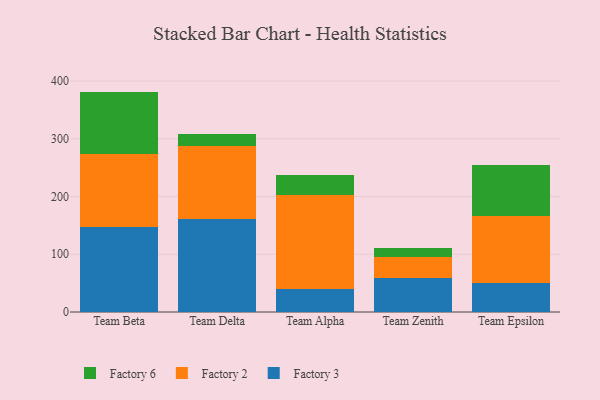
{"axis": {"x": "Team", "y": "Budget (USD K)"}, "legend": ["Factory 2", "Factory 3", "Factory 6"], "data": [{"x": "Team Beta", "y": 147.1, "type": "Factory 3"}, {"x": "Team Beta", "y": 127.0, "type": "Factory 2"}, {"x": "Team Beta", "y": 107.7, "type": "Factory 6"}, {"x": "Team Delta", "y": 160.3, "type": "Factory 3"}, {"x": "Team Delta", "y": 127.5, "type": "Factory 2"}, {"x": "Team Delta", "y": 19.9, "type": "Factory 6"}, {"x": "Team Alpha", "y": 40.4, "type": "Factory 3"}, {"x": "Team Alpha", "y": 162.7, "type": "Factory 2"}, {"x": "Team Alpha", "y": 34.8, "type": "Factory 6"}, {"x": "Team Zenith", "y": 58.6, "type": "Factory 3"}, {"x": "Team Zenith", "y": 36.1, "type": "Factory 2"}, {"x": "Team Zenith", "y": 16.6, "type": "Factory 6"}, {"x": "Team Epsilon", "y": 50.5, "type": "Factory 3"}, {"x": "Team Epsilon", "y": 116.6, "type": "Factory 2"}, {"x": "Team Epsilon", "y": 86.7, "type": "Factory 6"}]}